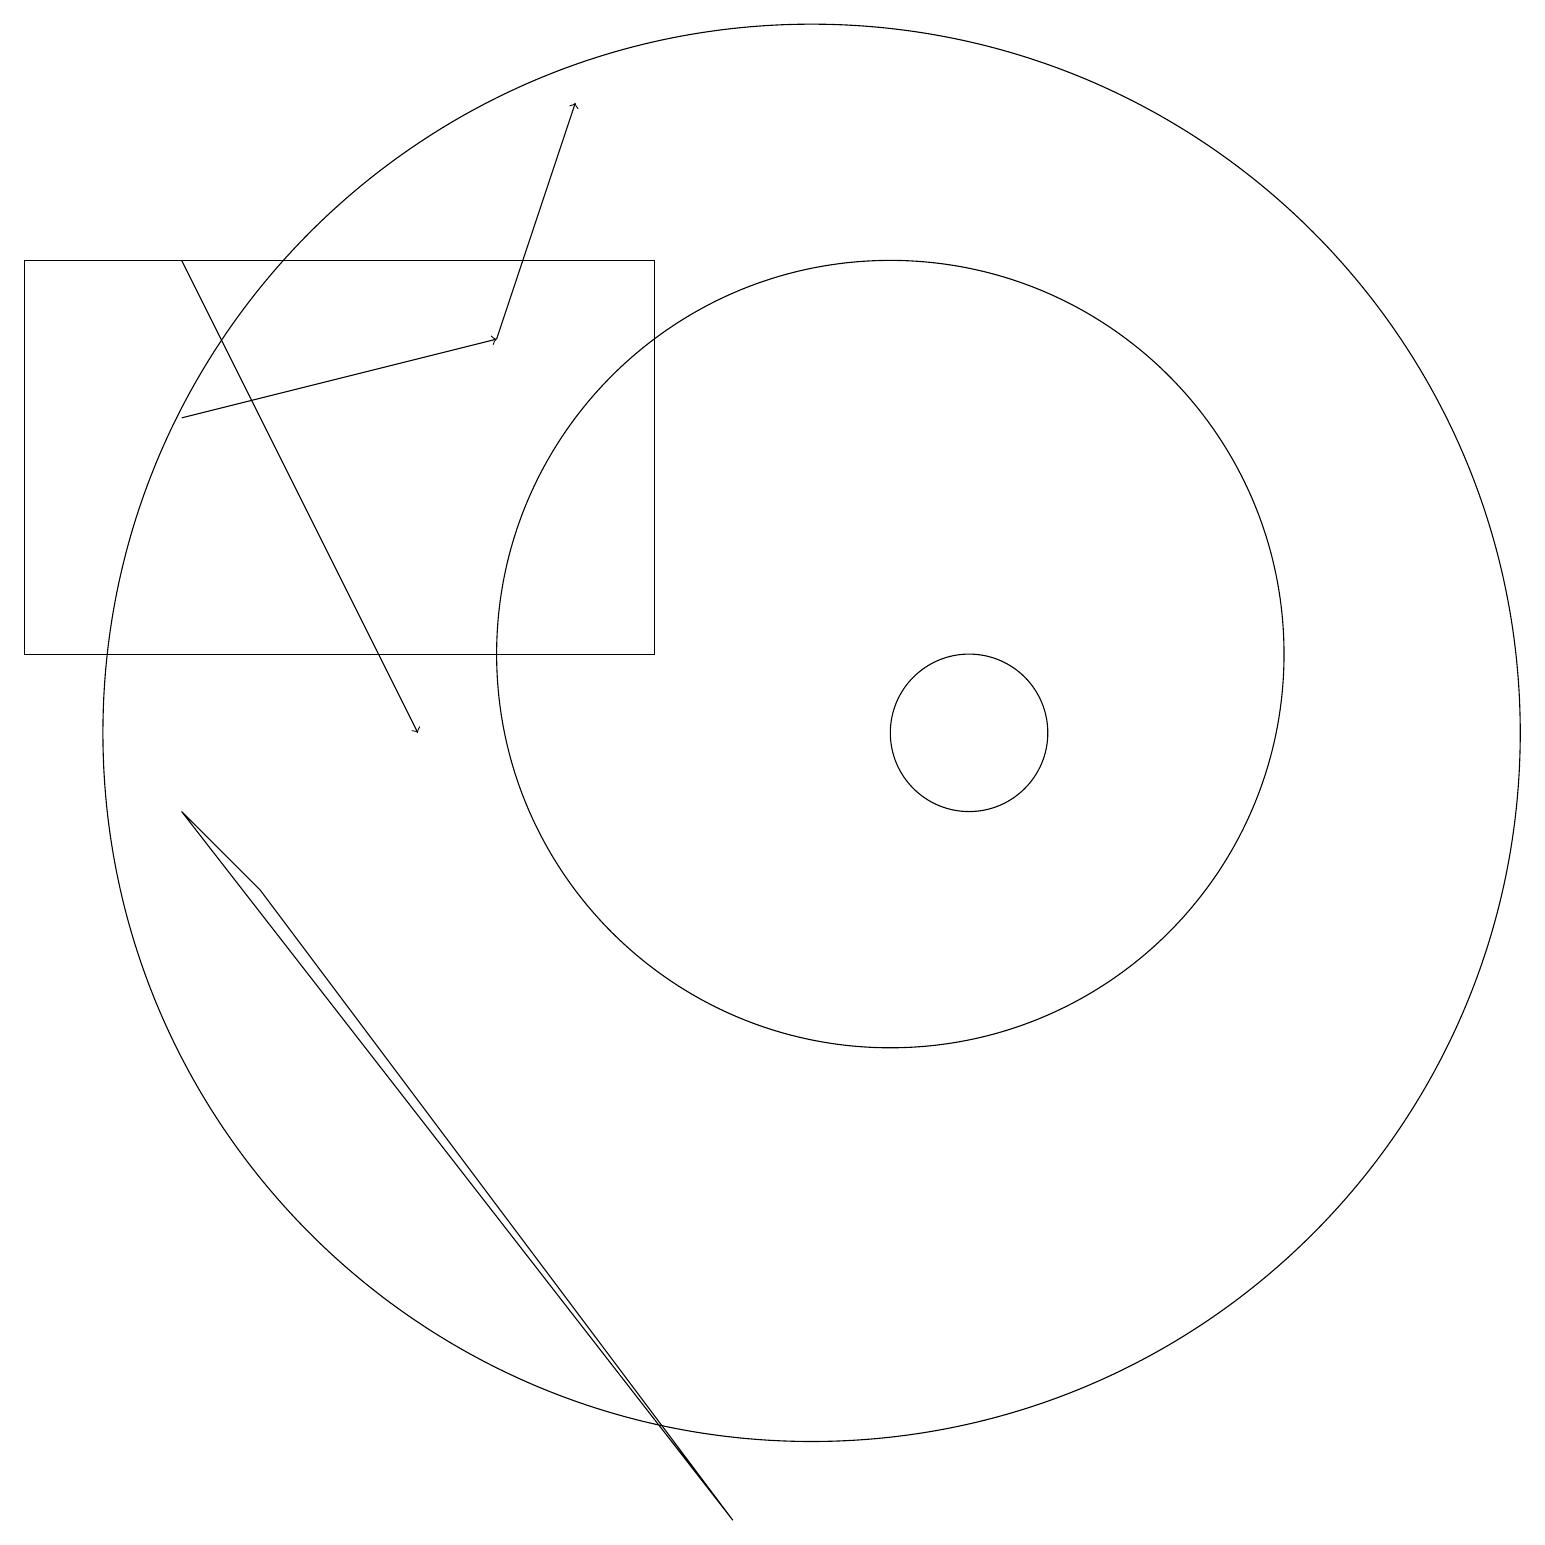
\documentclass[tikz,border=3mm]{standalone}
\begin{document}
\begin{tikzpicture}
\draw[->] (2,14) -- (6,15);
\draw[->] (6,15) -- (7,18);
\draw (8,16) rectangle (0,11);
\draw (10,10) circle (9);
\draw (11,11) circle (5);
\draw (12,10) circle (1);
\draw[->] (2,16) -- (5,10);
\draw (3,8) -- (9,0) -- (2,9) -- cycle;
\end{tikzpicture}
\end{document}